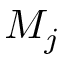
M _ { j }